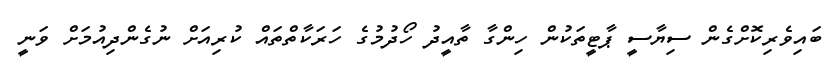
ބައިވެރިކޮށްގެން ސިޔާސީ ޕާޓީތަކުން ހިންގާ ތާއީދު ހޯދުމުގެ ހަރަކާތްތައް ކުރިއަށް ނުގެންދިއުމަށް ވަނީ